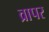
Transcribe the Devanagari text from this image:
व्रापर